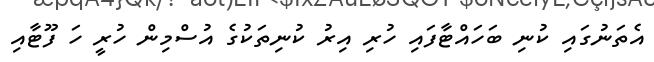
އެތަނުގައި ކުނި ބަހައްޓާފައި ހުރި އިރު ކުނިތަކުގެ އުސްމިން ހުރީ ހަ ފޫޓާއި